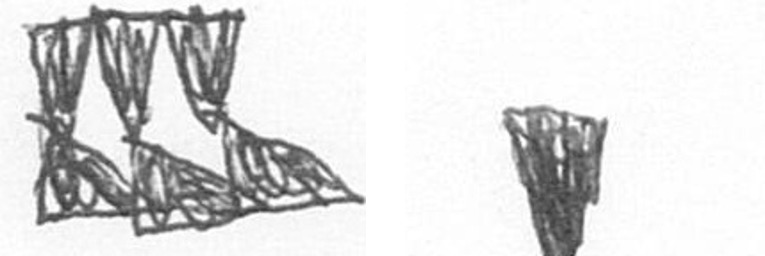
D J